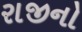
રાજીનો